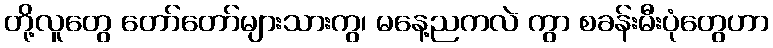
တို့လူတွေ တော်တော်များသားကွ၊ မနေ့ညကလဲ ကွာ စခန်းမီးပုံတွေဟာ